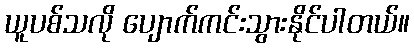
ယူပစ်သလို ပျောက်ကင်းသွားနိုင်ပါတယ်။